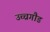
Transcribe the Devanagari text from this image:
उच्चगौड